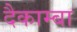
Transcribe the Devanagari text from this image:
दैकाम्बा